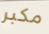
مكبر